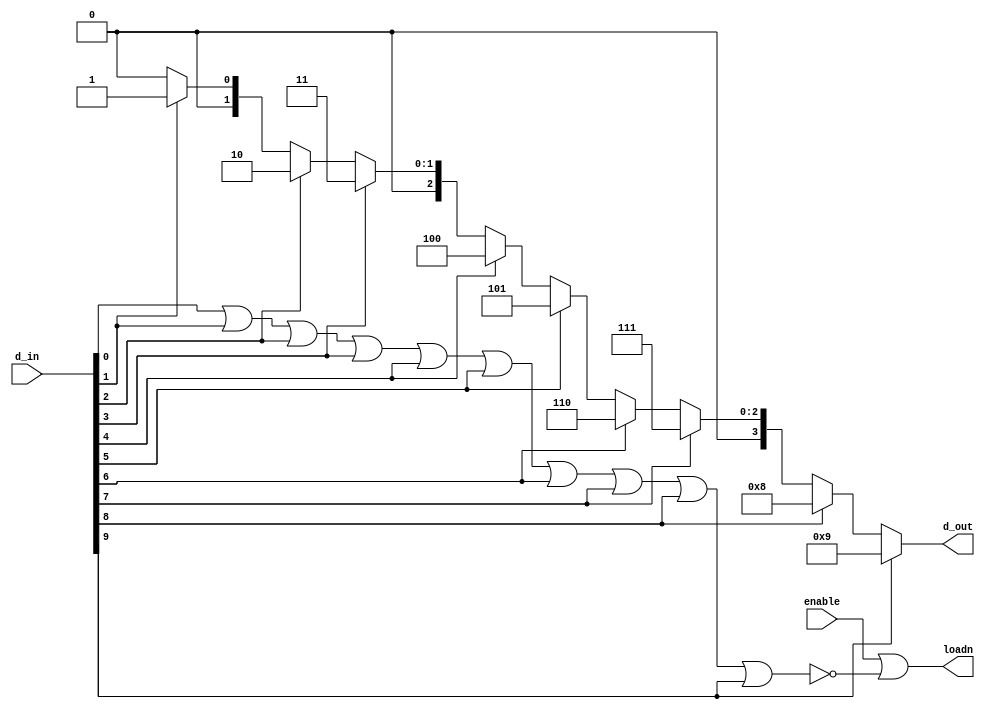
module prio_enco_9x4 (
  output wire [3:0] d_out,
  input wire[9:0] d_in,
  input wire enable,
  output wire loadn
);
// Usamos do seguinte mapeamento:
/*
IDLE -> 0000000000 (SEM ENTRADAS NO TECLADO) 
0    -> 0000000001
1    -> 0000000010
2    -> 0000000100
3    -> 0000001000
4    -> 0000010000
5    -> 0000100000
6    -> 0001000000
7    -> 0010000000
8    -> 0100000000
9    -> 1000000000
*/

      assign loadn = (enable | ~(d_in[0] | d_in[1] | d_in[2] | d_in[3] | d_in[4] | d_in[5] | d_in[6] | d_in[7] | d_in[8] | d_in[9]));
      assign d_out = (d_in[9] ==1'b1) ? 4'b1001:
                      (d_in[8] ==1'b1) ? 4'b1000:
                      (d_in[7] ==1'b1) ? 4'b0111:
                      (d_in[6] ==1'b1) ? 4'b0110:
                      (d_in[5] ==1'b1) ? 4'b0101:
                      (d_in[4] ==1'b1) ? 4'b0100:
                      (d_in[3] ==1'b1) ? 4'b0011:
                      (d_in[2] ==1'b1) ? 4'b0010:
                      (d_in[1] ==1'b1) ? 4'b0001:
                      (d_in[0] ==1'b1) ? 4'b0000: 4'b0000;
endmodule